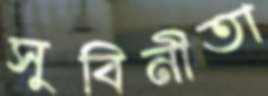
সুবিনীতা